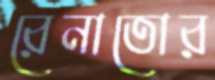
রেনাতোর